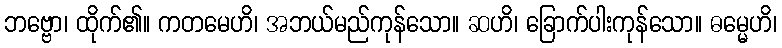
ဘဗ္ဗော၊ ထိုက်၏။ ကတမေဟိ၊ အဘယ်မည်ကုန်သော။ ဆဟိ၊ ခြောက်ပါးကုန်သော။ ဓမ္မေဟိ၊